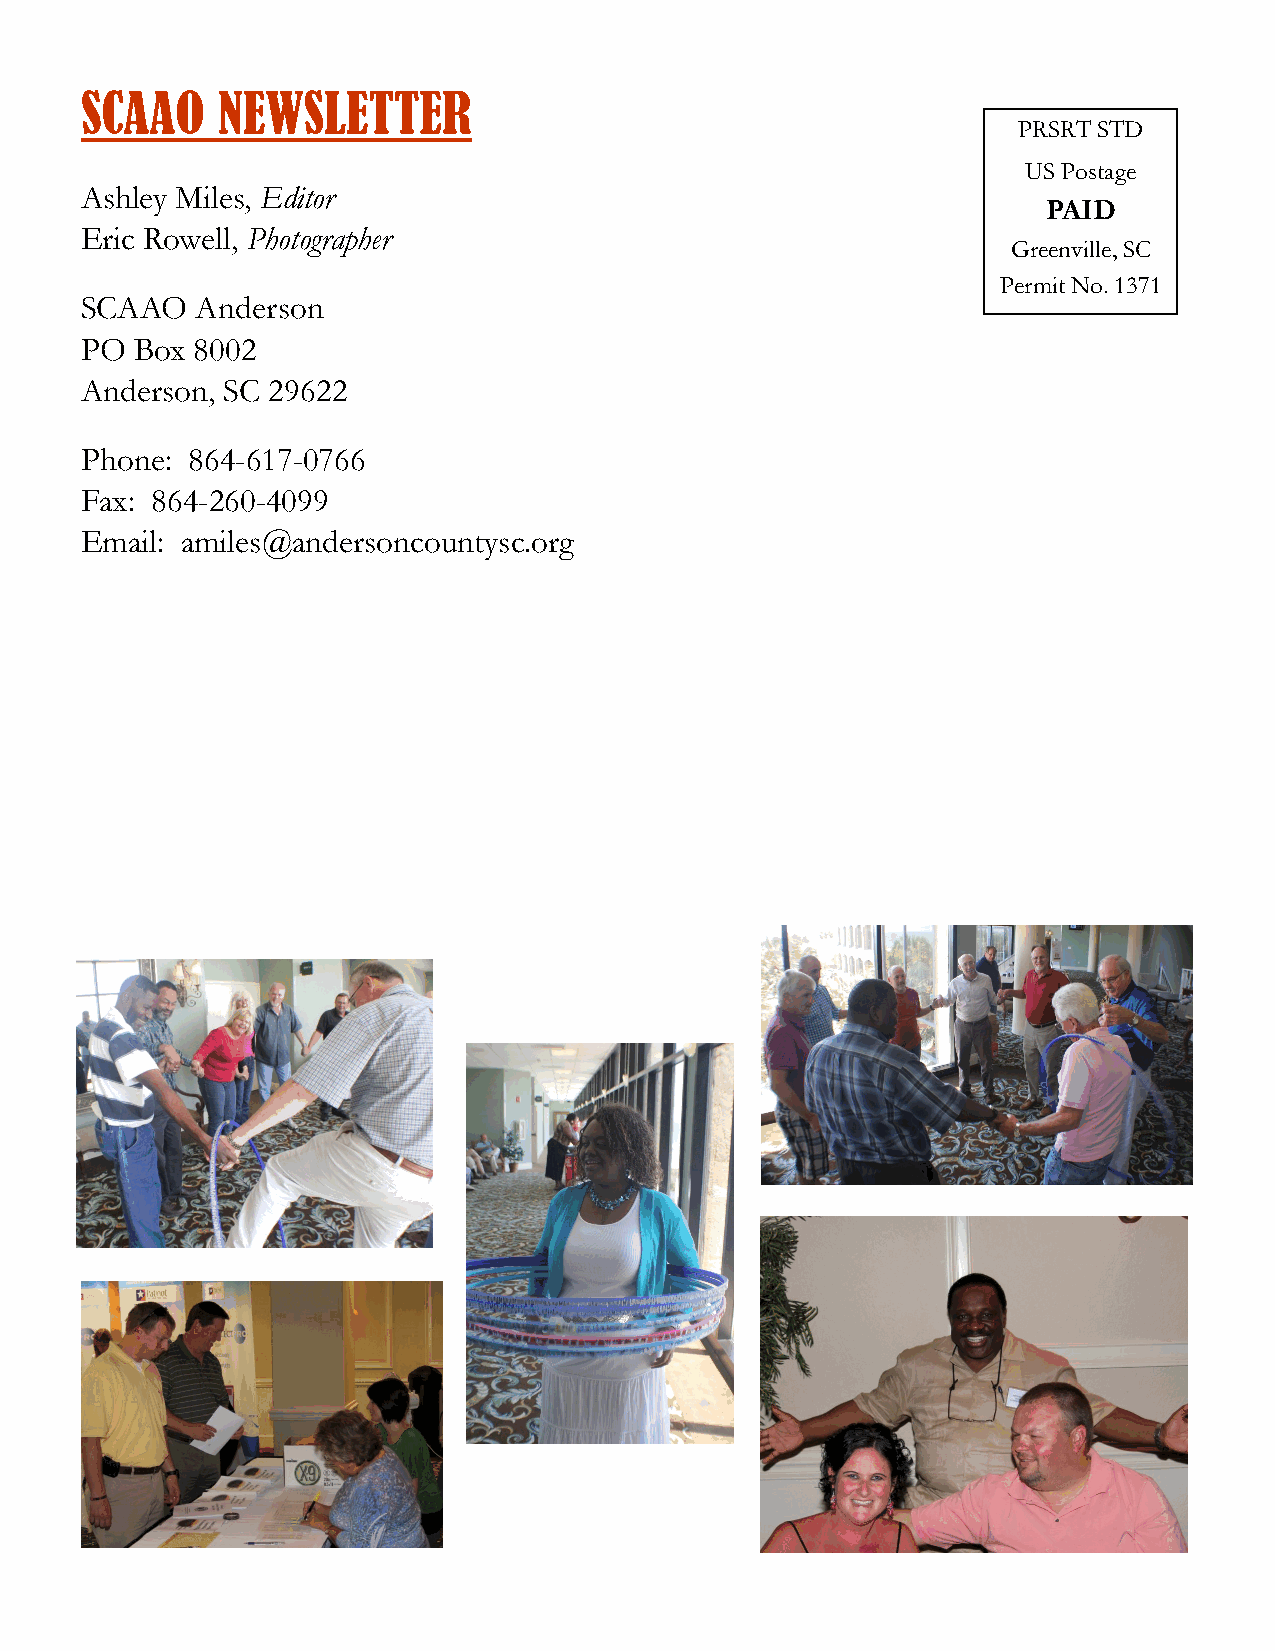
SCAAO    NEWSLETTER
 PRSRT STD
 US Postage
 Ashley Miles, Editor
 PAID
 Eric Rowell, Photographer
 Greenville, SC
 Permit No. 1371
 SCAAO   Anderson
 PO  Box 8002
 Anderson, SC 29622
 Phone: 864-617-0766
 Fax: 864-260-4099
 Email: amiles@andersoncountysc.org